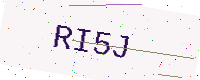
Text: RI5J